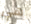
هي